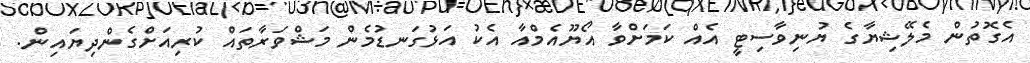
އެގޮތުން މެލޭޝިޔާގެ ޔުނިވާސިޓީ އެއް ކަމަށްވާ އޯޔޫއެމްއާ އެކު އަޅުގަނޑުމެން މަޝްވަރާތައް ކުރިއަށްގެންދިޔައިން.